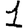
Digit: 1